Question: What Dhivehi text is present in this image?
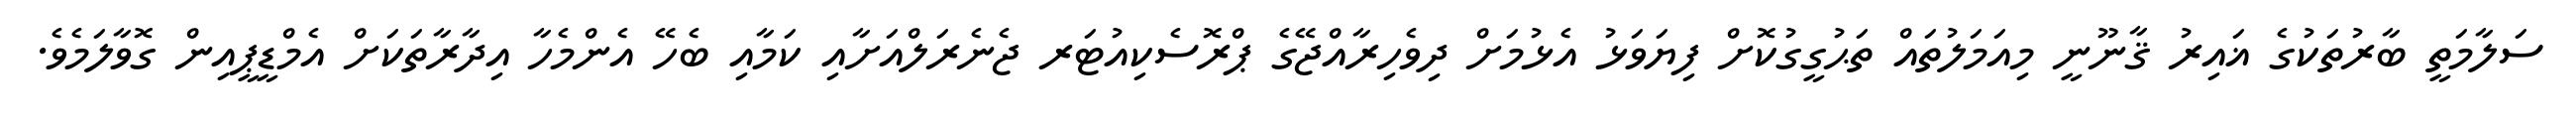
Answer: ސަލާމަތީ ބާރުތަކުގެ ޣައިރު ޤާނޫނީ މިއަމަލުތައް ތަޙުގީގުކޮށް ފިޔަވަޅު އެޅުމަށް ދިވެހިރާއްޖޭގެ ޕްރޮސެކިއުޓަރ ޖެނެރަލްއަށާއި ކަމާއި ބެހޭ އެންމެހާ އިދާރާތަކަށް އެމްޑީޕީއިން ގޮވާލަމެވެ.